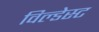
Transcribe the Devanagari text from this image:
विल्डेस्ट